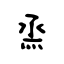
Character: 烝